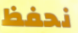
نحفظ